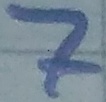
Text: 7